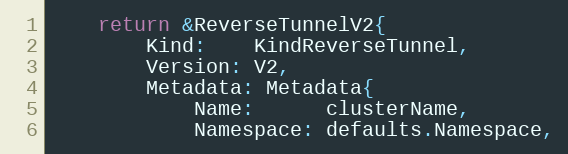
Language: Go
	return &ReverseTunnelV2{
		Kind:    KindReverseTunnel,
		Version: V2,
		Metadata: Metadata{
			Name:      clusterName,
			Namespace: defaults.Namespace,